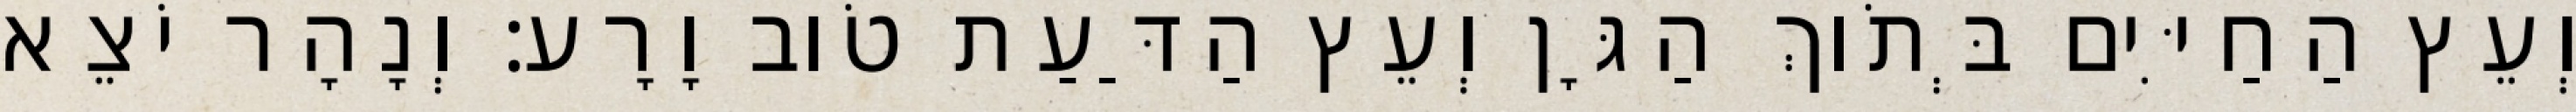
וְעֵץ הַחַיִּים בְּתֹוךְ הַגָּן וְעֵץ הַדַּעַת טֹוב וָרָע׃ וְנָהָר יֹצֵא